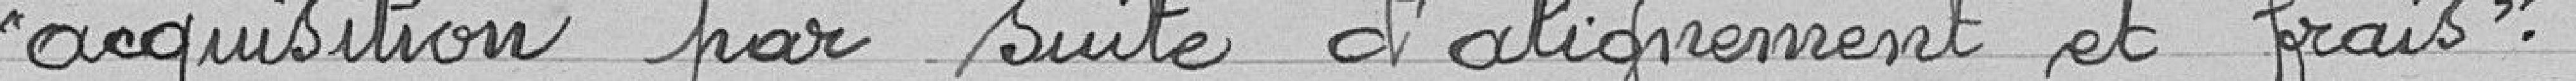
"acquisition par suite d'alignement et frais".